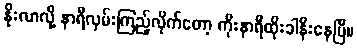
နိုးလာလို့ နာရီလှမ်းကြည့်လိုက်တော့ ကိုးနာရီထိုးခါနီးနေပြီ။